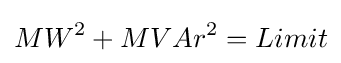
{MW}^{2}+{MVAr}^{2}=Limit